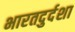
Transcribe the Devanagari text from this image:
भारतदुर्दशा